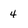
Character: 4